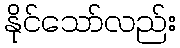
နိုင်သော်လည်း